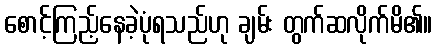
စောင့်ကြည့်နေခဲ့ပုံရသည်ဟု ချမ်း တွက်ဆလိုက်မိ၏။